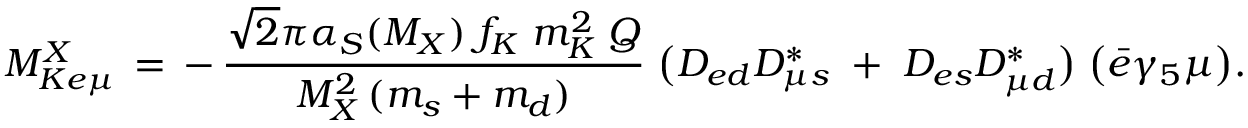
{ \cal M } _ { K e \mu } ^ { X } \, = \, - \, \frac { \sqrt 2 \pi \alpha _ { S } ( M _ { X } ) \; f _ { K } \; m _ { K } ^ { 2 } \; Q } { M _ { X } ^ { 2 } \, ( m _ { s } + m _ { d } ) } \; \big ( { \cal D } _ { e d } { \cal D } _ { \mu s } ^ { * } \; + \; { \cal D } _ { e s } { \cal D } _ { \mu d } ^ { * } \big ) \; \big ( \bar { e } \gamma _ { 5 } \mu \big ) .